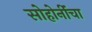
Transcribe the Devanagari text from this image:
सोहोनींंचा